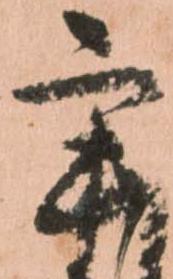
辛